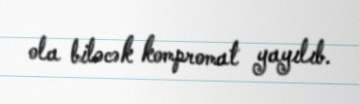
ola biləcək kompromat yayılıb.